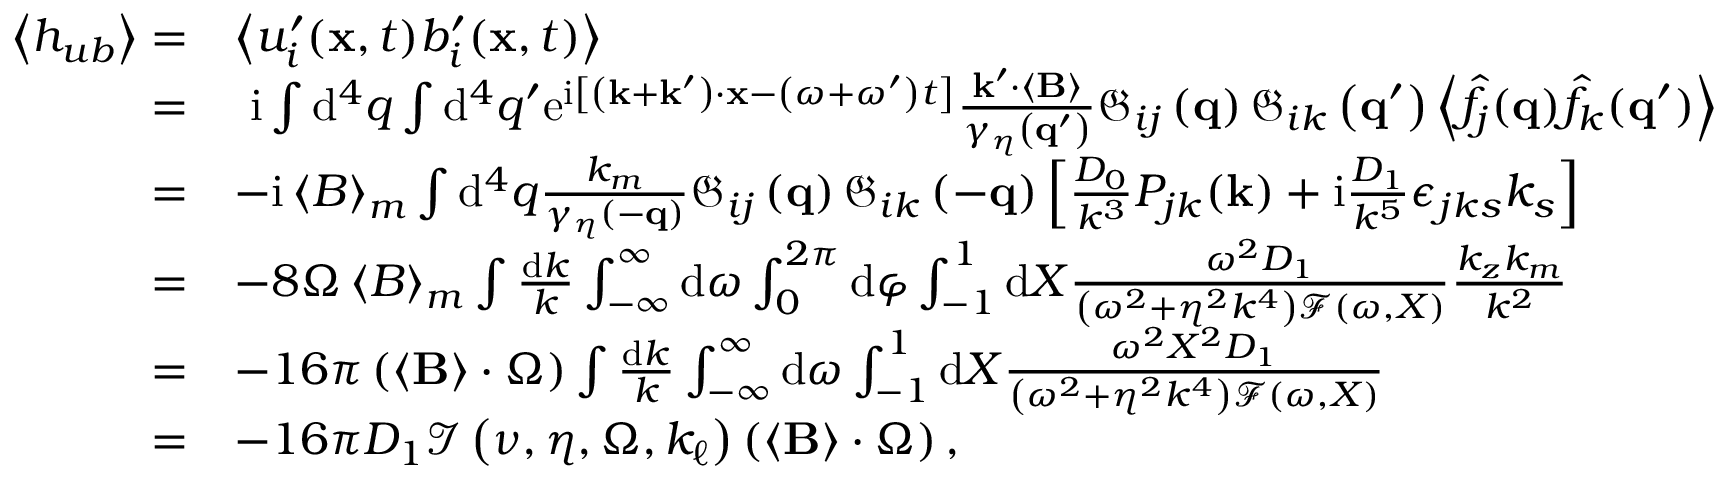
\begin{array} { r l } { \left\langle h _ { u b } \right\rangle = } & { \left\langle u _ { i } ^ { \prime } ( \mathbf { x } , t ) b _ { i } ^ { \prime } ( \mathbf { x } , t ) \right\rangle } \\ { = } & { \, \, \mathrm { i } \int \mathrm { d } ^ { 4 } q \int \mathrm { d } ^ { 4 } q ^ { \prime } \mathrm { e } ^ { \mathrm { i } \left[ \left( \mathbf { k } + \mathbf { k } ^ { \prime } \right) \cdot \mathbf { x } - \left( \omega + \omega ^ { \prime } \right) t \right] } \frac { \mathbf { k } ^ { \prime } \cdot \left\langle \mathbf { B } \right\rangle } { \gamma _ { \eta } \left( \mathbf { q } ^ { \prime } \right) } \mathfrak { G } _ { i j } \left( \mathbf { q } \right) \mathfrak { G } _ { i k } \left( \mathbf { q } ^ { \prime } \right) \left\langle \hat { f } _ { j } ( \mathbf { q } ) \hat { f } _ { k } ( \mathbf { q } ^ { \prime } ) \right\rangle } \\ { = } & { - \mathrm { i } \left\langle B \right\rangle _ { m } \int \mathrm { d } ^ { 4 } q \frac { k _ { m } } { \gamma _ { \eta } \left( - \mathbf { q } \right) } \mathfrak { G } _ { i j } \left( \mathbf { q } \right) \mathfrak { G } _ { i k } \left( - \mathbf { q } \right) \left[ \frac { D _ { 0 } } { k ^ { 3 } } P _ { j k } ( \mathbf { k } ) + \mathrm { i } \frac { D _ { 1 } } { k ^ { 5 } } \epsilon _ { j k s } k _ { s } \right] } \\ { = } & { - 8 \Omega \left\langle B \right\rangle _ { m } \int \frac { \mathrm { d } k } { k } \int _ { - \infty } ^ { \infty } \mathrm { d } \omega \int _ { 0 } ^ { 2 \pi } \mathrm { d } \varphi \int _ { - 1 } ^ { 1 } \mathrm { d } X \frac { \omega ^ { 2 } D _ { 1 } } { \left( \omega ^ { 2 } + \eta ^ { 2 } k ^ { 4 } \right) \mathcal { F } ( \omega , X ) } \frac { k _ { z } k _ { m } } { k ^ { 2 } } } \\ { = } & { - 1 6 \pi \left( \left\langle \mathbf { B } \right\rangle \cdot \boldsymbol { \Omega } \right) \int \frac { \mathrm { d } k } { k } \int _ { - \infty } ^ { \infty } \mathrm { d } \omega \int _ { - 1 } ^ { 1 } \mathrm { d } X \frac { \omega ^ { 2 } X ^ { 2 } D _ { 1 } } { \left( \omega ^ { 2 } + \eta ^ { 2 } k ^ { 4 } \right) \mathcal { F } ( \omega , X ) } } \\ { = } & { - 1 6 \pi D _ { 1 } \mathcal { I } \left( \nu , \eta , \Omega , k _ { \ell } \right) \left( \left\langle \mathbf { B } \right\rangle \cdot \boldsymbol { \Omega } \right) , } \end{array}